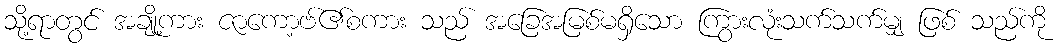
သို့ရာတွင် အချို့ကား ဇာကော့ဗ်၏စကား သည် အခြေအမြစ်မရှိသော ကြွားလုံးသက်သက်မျှ ဖြစ် သည်ကို